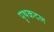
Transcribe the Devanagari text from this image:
पृथकदल